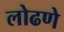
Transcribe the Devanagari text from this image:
लोढणे